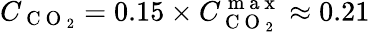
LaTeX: C_{\mathrm{~C~O~}_{2}}=0.15\times C_{\mathrm{~C~O~}_{2}}^{\mathrm{~m~a~x~}}\approx 0.21